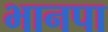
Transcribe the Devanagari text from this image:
भानपा